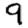
Digit: 9